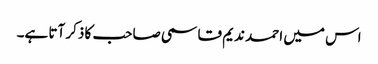
اس میں احمد ندیم قاسمی صاحب کا ذکر آتا ہے۔